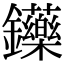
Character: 𨰤